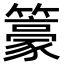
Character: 籇